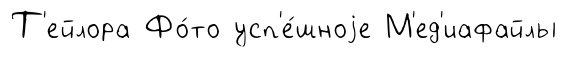
Т'ейлора Фо́то усп'е́шноjе М'ед'иафайлы